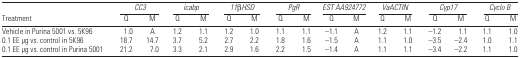
<table><thead><tr><td></td><td colspan="2"><b><i>CC3</i></b></td><td colspan="2"><b><i>icabp</i></b></td><td colspan="2"><b><i>11</i>β <i>HSD</i></b></td><td colspan="2"><b><i>PgR</i></b></td><td colspan="2"><b><i>EST AA924772</i></b></td><td colspan="2"><b><i>VaACTIN</i></b></td><td colspan="2"><b><i>Cyp17</i></b></td><td colspan="2"><b><i>Cyclo B</i></b></td></tr><tr><td><b>Treatment</b></td><td><b>Q</b></td><td><b>M</b></td><td><b>Q</b></td><td><b>M</b></td><td><b>Q</b></td><td><b>M</b></td><td><b>Q</b></td><td><b>M</b></td><td><b>Q</b></td><td><b>M</b></td><td><b>Q</b></td><td><b>M</b></td><td><b>Q</b></td><td><b>M</b></td><td><b>Q</b></td><td><b>M</b></td></tr></thead><tbody><tr><td>Vehicle in Purina 5001 vs. 5K96</td><td>1.0</td><td>A</td><td>1.2</td><td>1.1</td><td>1.2</td><td>1.0</td><td>1.1</td><td>1.1</td><td>−1.1</td><td>A</td><td>1.2</td><td>1.1</td><td>−1.2</td><td>1.1</td><td>1.1</td><td>1.0</td></tr><tr><td>0.1 EE μg vs. control in 5K96</td><td>18.7</td><td>14.7</td><td>3.7</td><td>5.2</td><td>2.7</td><td>2.2</td><td>1.8</td><td>1.6</td><td>−1.5</td><td>A</td><td>1.1</td><td>1.0</td><td>−3.5</td><td>−2.4</td><td>1.0</td><td>1.1</td></tr><tr><td>0.1 EE μg vs. control in Purina 5001</td><td>21.2</td><td>7.0</td><td>3.3</td><td>2.1</td><td>2.9</td><td>1.6</td><td>2.2</td><td>1.5</td><td>−1.4</td><td>A</td><td>1.1</td><td>1.1</td><td>−3.4</td><td>−2.2</td><td>1.1</td><td>1.0</td></tr></tbody></table>